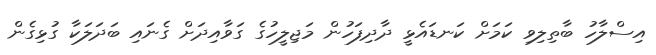
އިސްލާހު ބާތިލިވި ކަމަށް ކަނޑައެޅީ ދާދިފަހުން މަޖިލީހުގެ ގަވާއިދަށް ގެނައި ބަދަލަކާ ގުޅިގެން